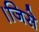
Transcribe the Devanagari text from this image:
।जिसे